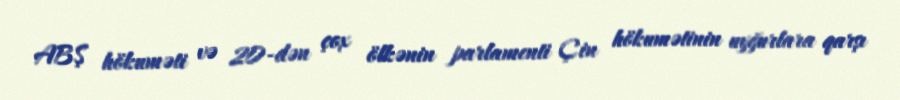
ABŞ hökuməti və 20-dən çox ölkənin parlamenti Çin hökumətinin uyğurlara qarşı